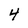
Character: 4